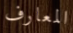
المعارف